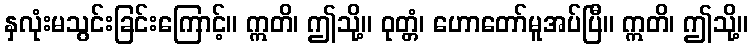
နှလုံးမသွင်းခြင်းကြောင့်။ ဣတိ၊ ဤသို့။ ဝုတ္တံ၊ ဟောတော်မူအပ်ပြီ။ ဣတိ၊ ဤသို့။